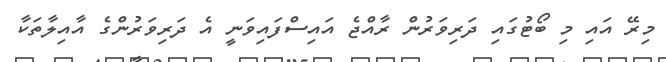
މިރޭ އައި މި ބޯޓުގައި ދަރިވަރުން ރާއްޖެ އައިސްފައިވަނީ އެ ދަރިވަރުންގެ އާއިލާތަކާ